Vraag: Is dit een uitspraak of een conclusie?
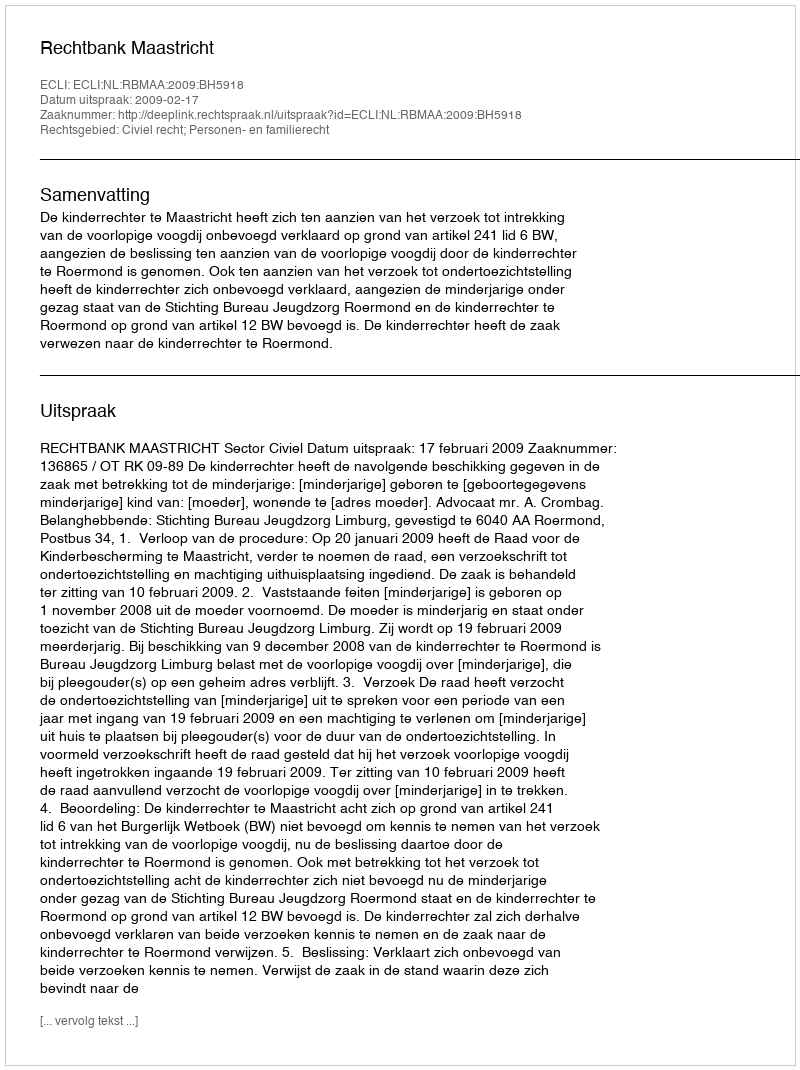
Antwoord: Uitspraak